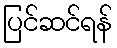
ပြင်ဆင်ရန်